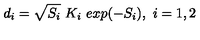
d _ { i } = \sqrt { S _ { i } } \ K _ { i } \ e x p ( - S _ { i } ) , \ i = 1 , 2